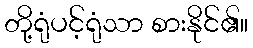
တို့ရုံပင့်ရုံသာ စားနိုင်၏။